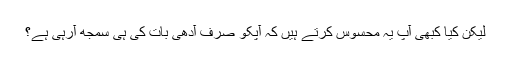
لیکن کیا کبھی آپ یہ محسوس کرتے ہیں کہ آپکو صرف آدھی بات کی ہی سمجھ آرہی ہے؟